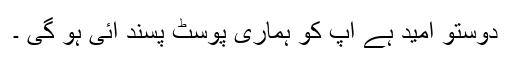
دوستو امید ہے آپ کو ہماری پوسٹ پسند آئی ہو گی ۔